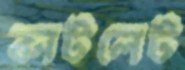
কাটলেট